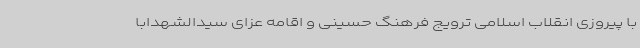
با پیروزی انقلاب اسلامی ترویج فرهنگ حسینی و اقامه عزای سیدالشهدابا